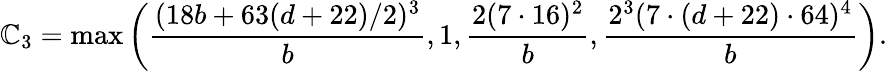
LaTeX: \mathbb{C}_{3}=\operatorname*{max}\left(\frac{{(18b+63(d+22)/2)^{3}}}{{b}},1,\frac{{2(7\cdot16)^{2}}}{{b}},\frac{{2^{3}(7\cdot(d+22)\cdot64)^{4}}}{{b}}\right).